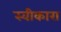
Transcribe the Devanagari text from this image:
स्‍वीकारा